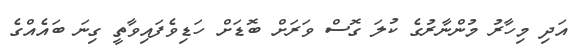
އަދި މިހާރު މުންނާރުގެ ކުލަ ގޮސް ވަރަށް ބޮޑަށް ހަޑިވެފައިވާތީ ގިނަ ބައެއްގެ